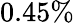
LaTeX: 0.45\%